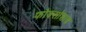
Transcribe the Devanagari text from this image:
फोक्सोशास्त्र